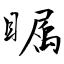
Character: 瞩